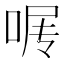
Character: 𰇰